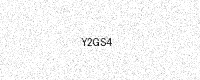
Text: Y2GS4